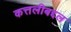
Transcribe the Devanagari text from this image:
कत्तलीबद्दल